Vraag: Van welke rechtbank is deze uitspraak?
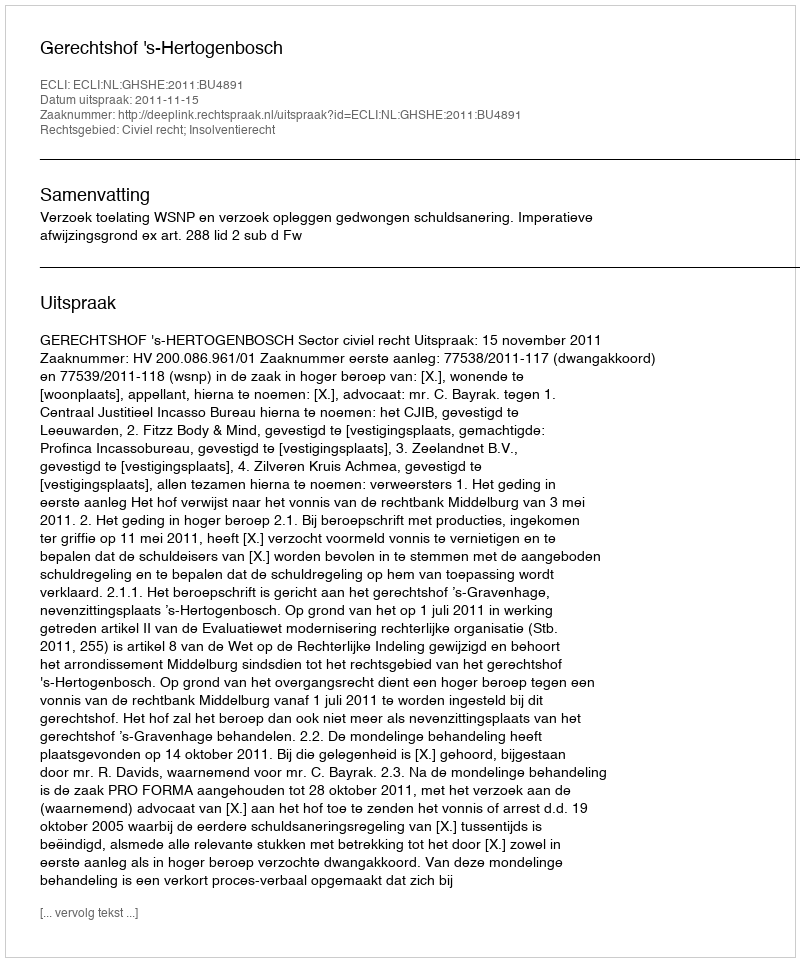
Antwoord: Gerechtshof 's-Hertogenbosch